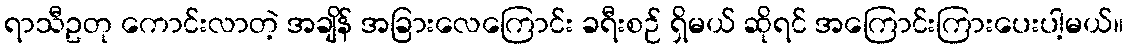
ရာသီဥတု ကောင်းလာတဲ့ အချိန် အခြားလေကြောင်း ခရီးစဉ် ရှိမယ် ဆိုရင် အကြောင်းကြားပေးပါ့မယ်။